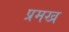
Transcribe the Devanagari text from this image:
प्रमख